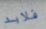
فلابد